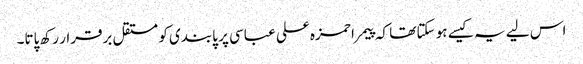
اس لیے یہ کیسے ہو سکتا تھا کہ پیمرا حمزہ علی عباسی پر پابندی کو مستقل برقرار رکھ پاتا۔